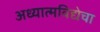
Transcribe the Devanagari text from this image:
अध्यात्मविद्येचा